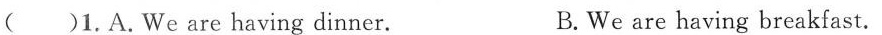
( )1.A.We are having dinner. B. We are having breakfast.